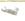
أعادت